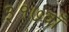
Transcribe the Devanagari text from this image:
३१७वाँ